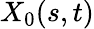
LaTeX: X_{0}(s,t)